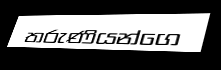
තරුණියන්ගෙ